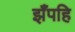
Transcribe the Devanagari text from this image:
झँपहि